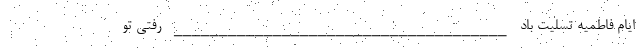
ایام فاطمیه تسلیت باد _____________________________________ رفتی تو